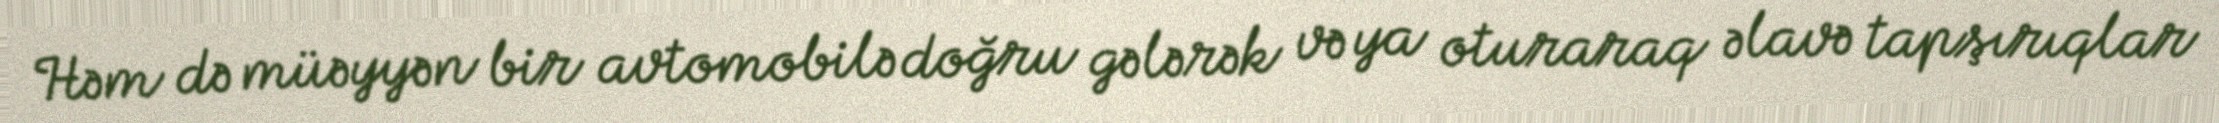
Həm də müəyyən bir avtomobilə doğru gələrək və ya oturaraq əlavə tapşırıqlar